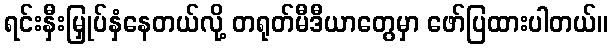
ရင်းနှီးမြှုပ်နှံနေတယ်လို့ တရုတ်မီဒီယာတွေမှာ ဖော်ပြထားပါတယ်။